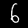
Digit: 6